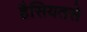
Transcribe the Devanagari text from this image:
हैसियतसे